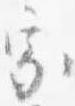
家